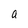
Character: a